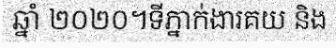
ឆ្នាំ ២០២០។ទីភ្នាក់ងារគយ និង